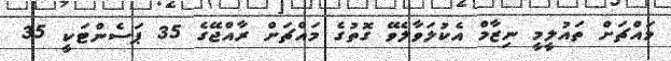
މައްޗަށް ތައުލީމީ ނިޒާމް އެކުލަވާލެވޭ ގޮތުގެ މައްޗަށް ރާއްޖޭގެ 35 ޕަސެންޓަކީ 35